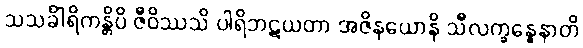
သသင်္ခါရိကန္တိပိ ဇီဝိဿသိ ပါရိဘဋယတာ အဇိနယောနိ သီလက္ခန္ဓေနာတိ